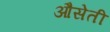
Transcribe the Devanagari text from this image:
औसेती